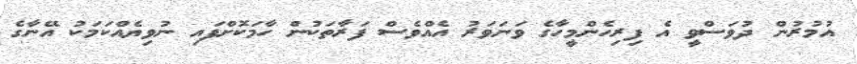
އުމުރުން ދުވަސްވީ އެ ފިރިހެންމީހާގެ ވަނަވަރު އެއްވެސް ފަރާތަކުން ހާމަކޮށްފައި ނުވިޔެއްކަމަކު އޭނާގެ